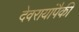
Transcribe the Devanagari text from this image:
देवरायांपैकी